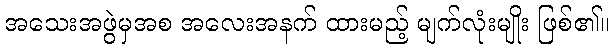
အသေးအဖွဲမှအစ အလေးအနက် ထားမည့် မျက်လုံးမျိုး ဖြစ်၏။